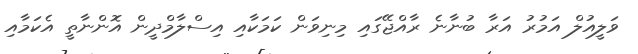
ވަލީއުލް އަމުރު އަރާ ބުނާނެ ރާއްޖޭގައި މިނިވަން ކަމަކާއި އިސްލާމްދީން އޮންނާތީ އެކަމާއި